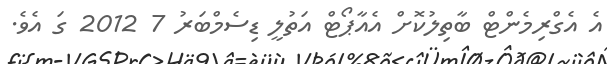
އެ އެގްރިމެންޓް ބާތިލުކޮށް އެއާޕޯޓް އަތުލީ ޑިސެމްބަރު 7 2012 ގަ އެވެ.